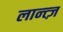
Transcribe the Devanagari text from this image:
लान्त्ज़